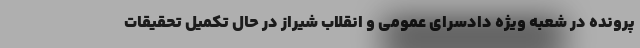
پرونده در شعبه ویژه دادسرای عمومی و انقلاب شیراز در حال تکمیل تحقیقات